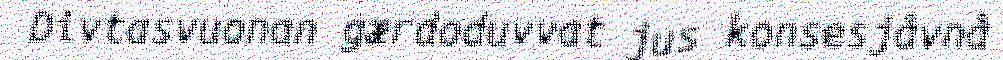
Divtasvuonan gærdoduvvat jus konsesjåvnå